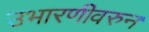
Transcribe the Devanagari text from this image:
उभारणीवरुन